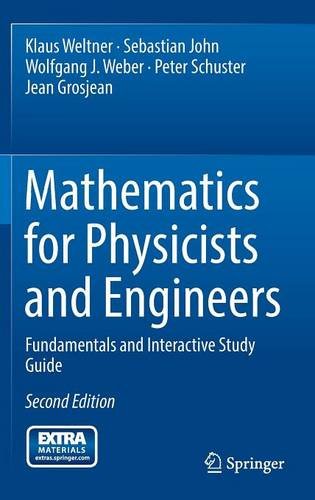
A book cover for Mathematics for Physicists and Engineers: Fundamentals and Interactive Study Guide; Klaus Weltner; Science & Math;